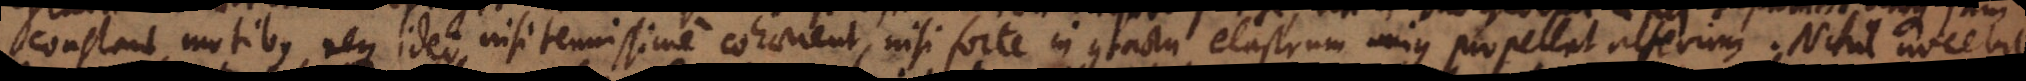
constant motibus, neque ideo nisi tenuissime cohaerent, nisi forte in contactu elastrum unius propellat alterum. Nihil nocebit